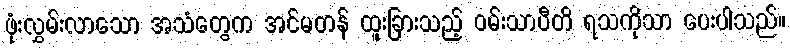
ဖုံးလွှမ်းလာသော အသံတွေက အင်မတန် ထူးခြားသည့် ဝမ်းသာပီတိ ရသကိုသာ ပေးပါသည်။